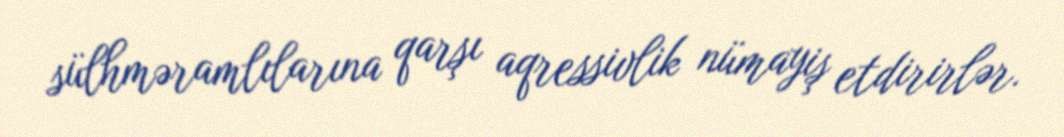
sülhməramlılarına qarşı aqressivlik nümayiş etdirirlər.